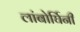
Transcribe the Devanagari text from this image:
लांबोर्घिनी